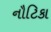
નૌટિકા